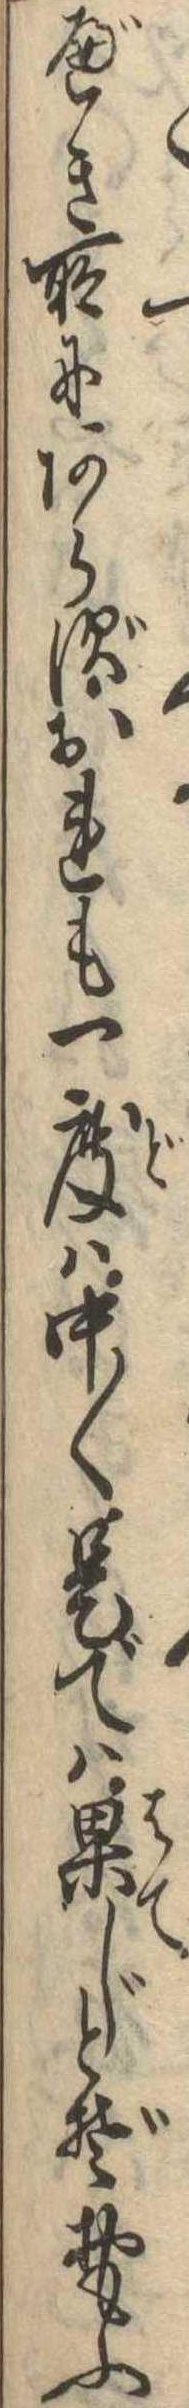
べき所にあらずおれも一度は中〱是では果じとぞおもふ